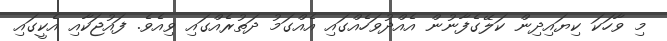
މި ވާހަކަ ކިޔައިދިން ކަލޭގެފާނުން އެއްދުވަހެއްގައި އެއްގަމު ދަތުރެއްގައި ވިއެވެ. ފައުޖަކާއި އެކީގައި